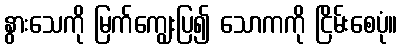
နွားသေကို မြက်ကျွေးပြ၍ သောကကို ငြိမ်းစေပုံ။